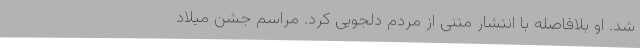
شد. او بلافاصله با انتشار متنی از مردم دلجویی کرد. مراسم جشن میلاد